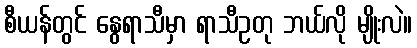
စီယန်တွင် နွေရာသီမှာ ရာသီဥတု ဘယ်လို မျိုးလဲ။